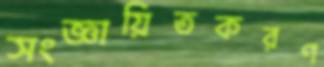
সংজ্ঞায়িতকরণ